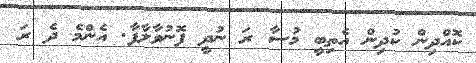
ކޮއްދިން ކުދިން އެތިބީ މުސާ ރަ ނުދީ ފޮނުވާލާފާ. އެންމެ ދެ ރަ